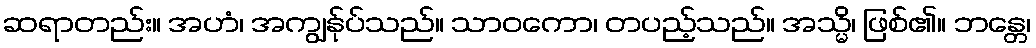
ဆရာတည်း။ အဟံ၊ အကျွန်ုပ်သည်။ သာဝကော၊ တပည့်သည်။ အသ္မိ၊ ဖြစ်၏။ ဘန္တေ၊